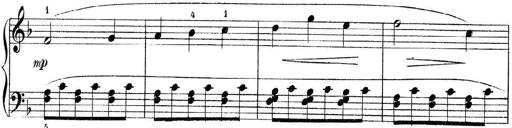
Title: 3 Piano Sonatinas
Composer: Paul Zilcher
Key: C major; G major; F major